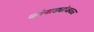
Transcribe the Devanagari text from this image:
कोनाड्यांजवळ